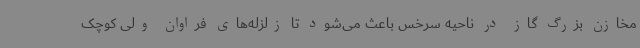
مخازن بزرگ گاز در ناحیه سرخس باعث می‌شود تا زلزله‌های فراوان ولی کوچک